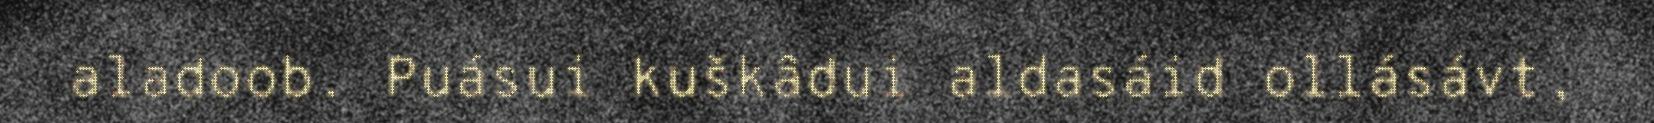
aladoob. Puásui kuškâdui aldasáid ollásávt,